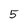
Character: 5